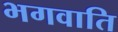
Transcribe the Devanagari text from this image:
भगवाति